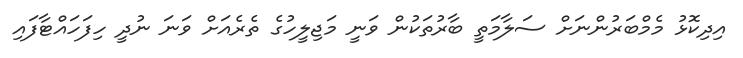
އިދިކޮޅު މެމްބަރުންނަށް ސަލާމަތީ ބާރުތަކުން ވަނީ މަޖިލީހުގެ ތެރެއަށް ވަނަ ނުދީ ހިފަހައްޓާފައި